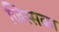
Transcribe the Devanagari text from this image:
जिस्सका